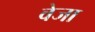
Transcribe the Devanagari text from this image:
वेजा